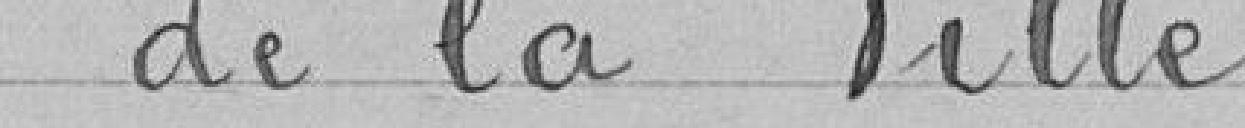
de la Ville